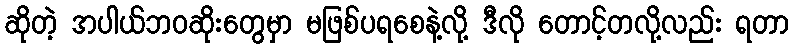
ဆိုတဲ့ အပါယ်ဘဝဆိုးတွေမှာ မဖြစ်ပရစေနဲ့လို့ ဒီလို တောင့်တလို့လည်း ရတာ